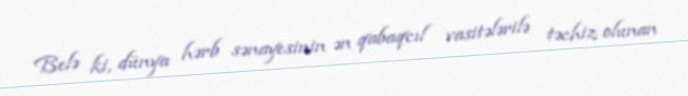
Belə ki, dünya hərb sənayesinin ən qabaqcıl vasitələrilə təchiz olunan